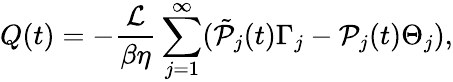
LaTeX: Q(t)=-\frac{\mathcal{L}}{\beta\eta}\sum_{j=1}^{\infty}(\tilde{\mathcal{P}}_{j}(t)\Gamma_{j}-\mathcal{P}_{j}(t)\Theta_{j}),